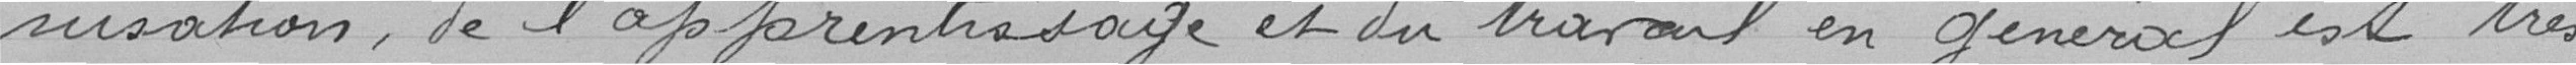
nisation, de l'apprentissage et du travail en général est très